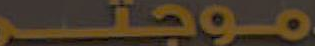
موجتر